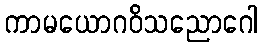
ကာမယောဂဝိသညောဂေါ